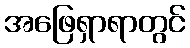
အဖြေရှာရာတွင်